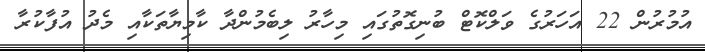
އުމުރުން 22 އަހަރުގެ ވަލްކޮޓް ބުނިގޮތުގައި މިހާރު ލިބެމުންދާ ކާމިޔާތަކާއި މެދު އުފާކުރާ